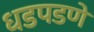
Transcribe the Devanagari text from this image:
धडपडणे